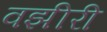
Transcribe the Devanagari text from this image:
वझीरी